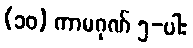
(၁၀) ကာမဂုဏ် ၅-ပါး